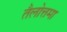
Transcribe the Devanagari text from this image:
तैलोत्तमा